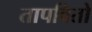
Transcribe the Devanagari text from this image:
तापवितो